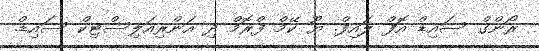
ރޯންގް ސައިޑް އޮފް ލައިފް. ޔޫ ކޭމް ފްރޮމް ދި އަންރިއަލިސްޓިކް ސައިޑް.